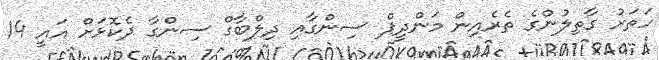
ހަތަރު ގާތިލުންގެ ތެރެއިން މަންދީޕް ސިންގާއި ދިލްބާގް ސިންގާ ދެކޮޅަށް އައީ 14